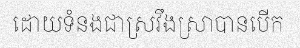
ដោយទំនងជាស្រវឹងស្រាបានបើក